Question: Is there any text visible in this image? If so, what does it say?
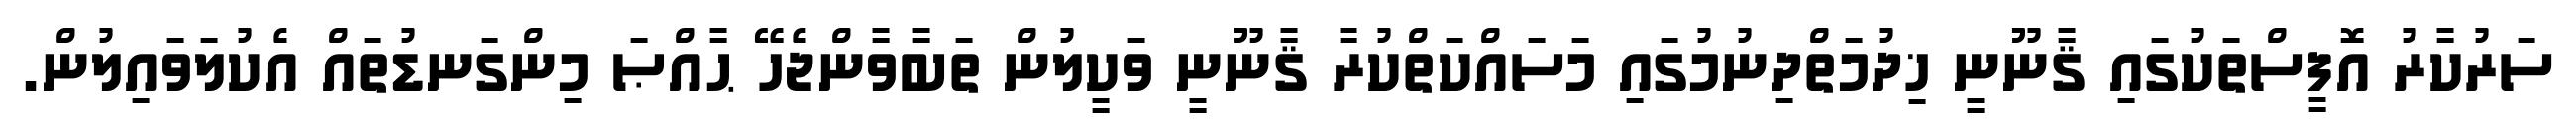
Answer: ސަރުކާރު އޮފީސްތަކުގައި ޤާނޫނީ ޚިދުމަތްދިނުމުގައި މަސައްކަތްކުރާ ޤާނޫނީ ވަކީލުން ތަބާވާންޖެހޭ ޙާއްޞަ މިންގަނޑުތައް އެކުލަވައިލުން.